Vaccination in Burma 1889-1999 - 1889-1999
Year: 1889
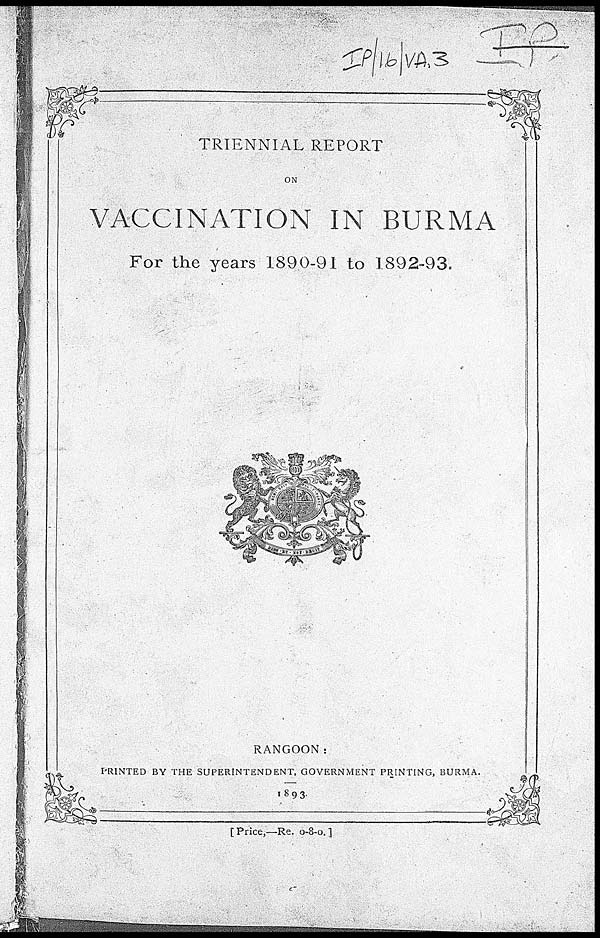
TRIENNIAL REPORT
ON
VACCINATION IN BURMA
For the years 1890-91 to 1892-93.
RANGOON:
PRINTED BY THE SUPERINTENDENT, GOVERNMENT PRINTING, BURMA.
1893.
[Price,—Re. 0-8-0. ]